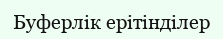
Буферлік ерітінділер